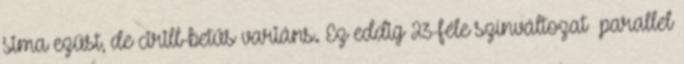
sima ezüst, de cirill-betűs variáns. Ez eddig 23-féle színváltozat parallel